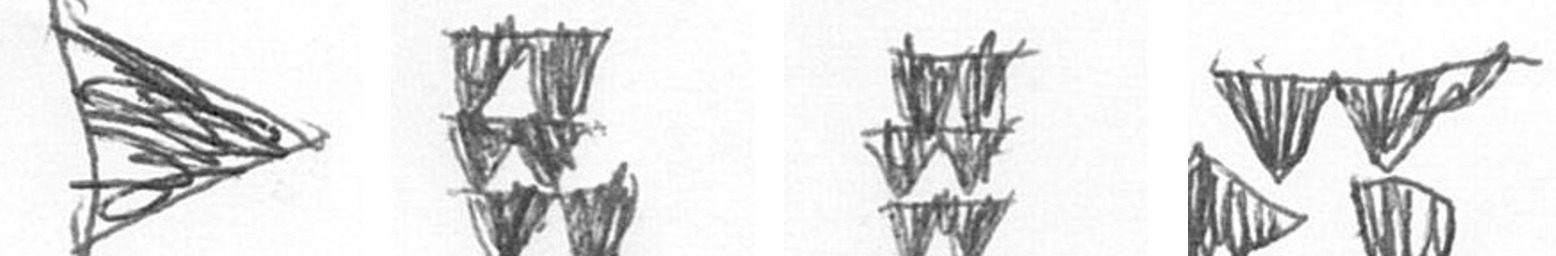
T Y Y B